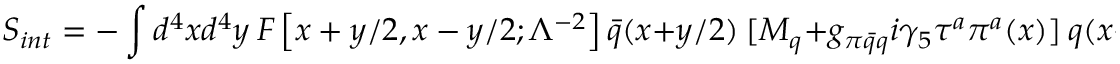
S _ { i n t } = - \int d ^ { 4 } x d ^ { 4 } y \ F \left[ x + y / 2 , x - y / 2 ; \Lambda ^ { - 2 } \right] \bar { q } ( x + y / 2 ) \ [ M _ { q } + g _ { \pi \bar { q } q } i \gamma _ { 5 } \tau ^ { a } \pi ^ { a } ( x ) ] \ q ( x - y / 2 ) ,